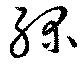
緑